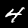
Label: 4